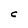
Character: C